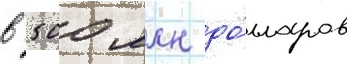
в 500 млн до́лларов